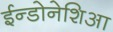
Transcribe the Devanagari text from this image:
ईन्डोनेशिआ